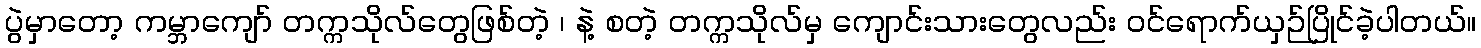
ပွဲမှာတော့ ကမ္ဘာကျော် တက္ကသိုလ်တွေဖြစ်တဲ့ ၊ နဲ့ စတဲ့ တက္ကသိုလ်မှ ကျောင်းသားတွေလည်း ဝင်ရောက်ယှဉ်ပြိုင်ခဲ့ပါတယ်။